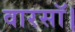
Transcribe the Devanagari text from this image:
वारसॉ।